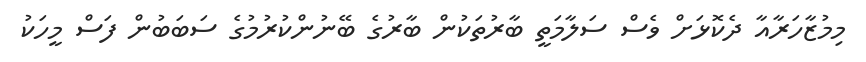
މިމުޒާހަރާއާ ދެކޮޅަށް ވެސް ސަލާމަތީ ބާރުތަކުން ބާރުގެ ބޭނުންކުރުމުގެ ސަބަބުން ފަސް މީހަކު